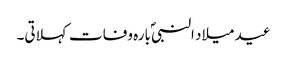
عید میلاد النبیؐ بارہ وفات کہلاتی۔